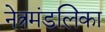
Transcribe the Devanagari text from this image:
नेत्रमंडलिका